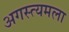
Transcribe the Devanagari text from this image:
अगस्त्यमला